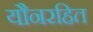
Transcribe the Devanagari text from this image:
यौनरहित